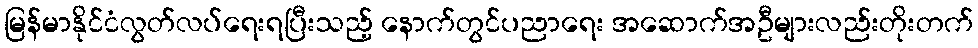
မြန်မာနိုင်ငံလွတ်လပ်ရေးရပြီးသည့် နောက်တွင်ပညာရေး အဆောက်အဦများလည်းတိုးတက်